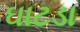
ઘાટડા